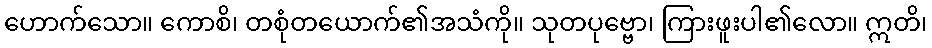
ဟောက်သော။ ကောစိ၊ တစုံတယောက်၏အသံကို။ သုတပုဗ္ဗော၊ ကြားဖူးပါ၏လော။ ဣတိ၊